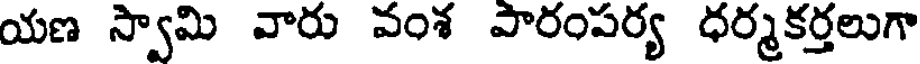
యణ స్వామి వారు వంశ పారంపర్య ధర్మకర్తలుగా